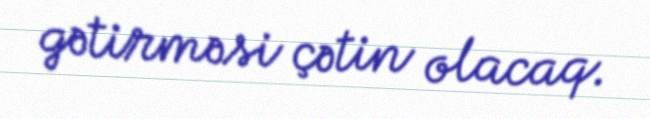
gətirməsi çətin olacaq.